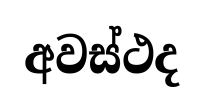
අවස්ථද